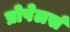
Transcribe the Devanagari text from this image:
प्रोपेलर्स